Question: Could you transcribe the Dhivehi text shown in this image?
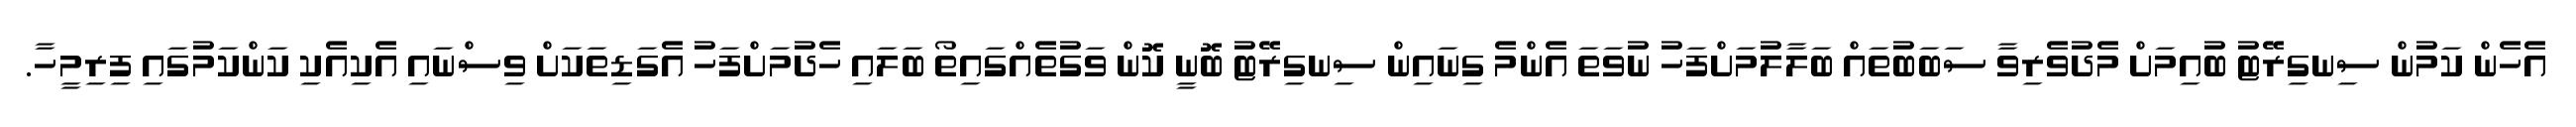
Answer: އެހެން ކަމުން ސިނގިރޭޓު ބުއިމަށް މެދުވެރިވާ ސަބަބުތައް ބަލާލުމަށްފަހު ނުވަތަ އެންމެ ގިނައިން ސިނގިރޭޓު ބޮނީ ކޮން ވަގުތެއްގައިތޯ ބަލައި ހެދުމަށްފަހު އެގަޑިތަކަށް ވިސްނައި އެކިއެކި ކަންކަމުގައި ފިރިމީހާ.